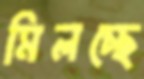
মিলচ্ছে